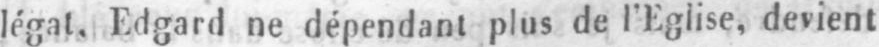
légal. Edgard ne dépendant plus de l’Eglise, devient